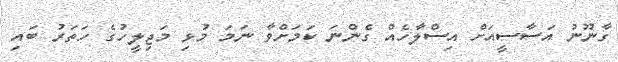
ގާނޫނު އަސާސީއަށް އިސްލާހެއް ގެންނަ ކަމަށްވާ ނަމަ މުޅި މަޖިލީހުގެ ހަތަރު ބައި